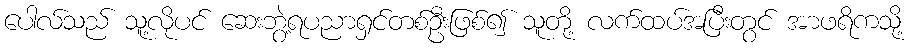
ပေါလ်သည် သူ့လိုပင် ဆေးဘွဲ့ရပညာရှင်တစ်ဦးဖြစ်၍ သူတို့ လက်ထပ်အပြီးတွင် အာဖရိကသို့